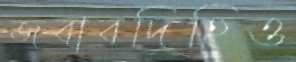
জবাবদিহিও